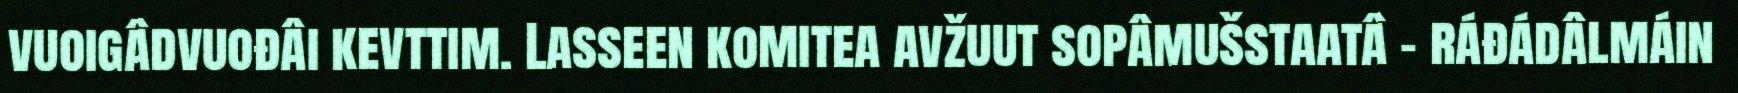
vuoigâdvuođâi kevttim. Lasseen komitea avžuut sopâmušstaatâ – ráđádâlmáin